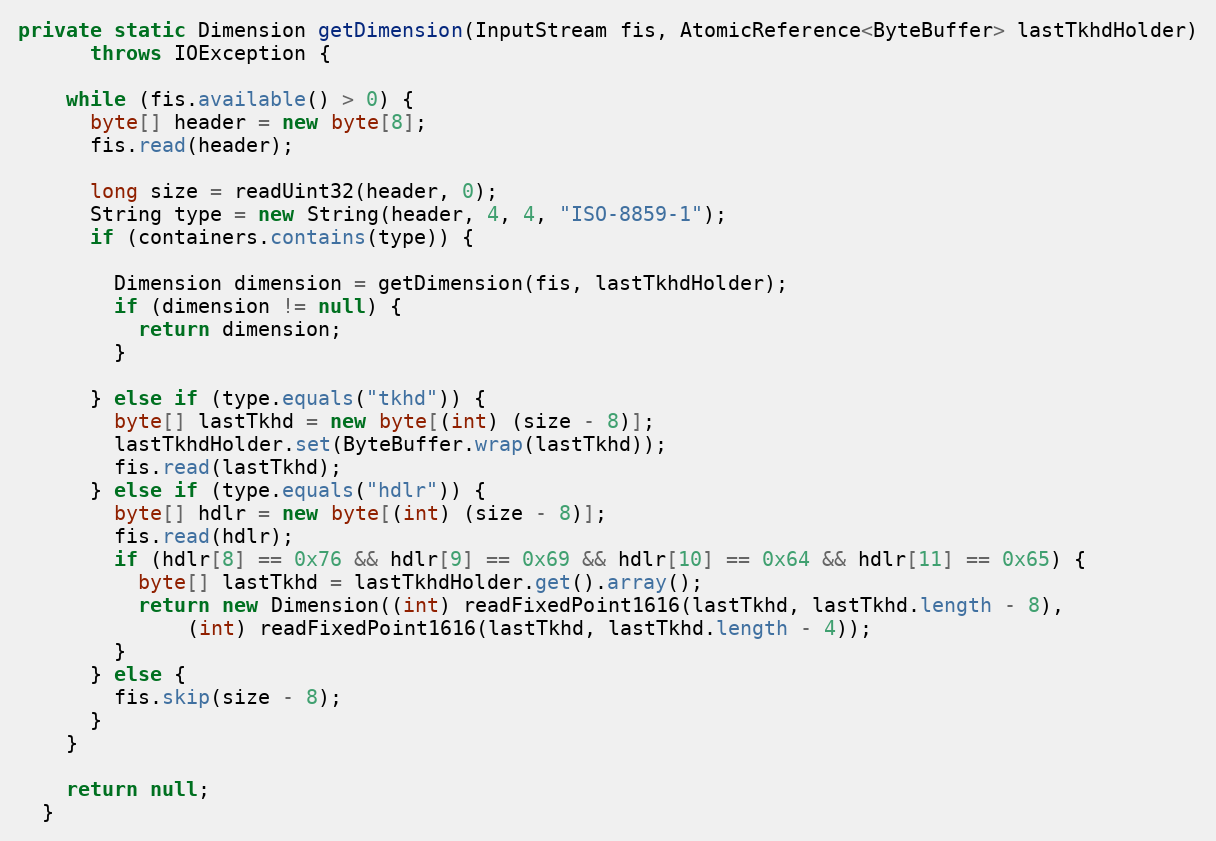
Language: Java
private static Dimension getDimension(InputStream fis, AtomicReference<ByteBuffer> lastTkhdHolder)
      throws IOException {

    while (fis.available() > 0) {
      byte[] header = new byte[8];
      fis.read(header);

      long size = readUint32(header, 0);
      String type = new String(header, 4, 4, "ISO-8859-1");
      if (containers.contains(type)) {

        Dimension dimension = getDimension(fis, lastTkhdHolder);
        if (dimension != null) {
          return dimension;
        }

      } else if (type.equals("tkhd")) {
        byte[] lastTkhd = new byte[(int) (size - 8)];
        lastTkhdHolder.set(ByteBuffer.wrap(lastTkhd));
        fis.read(lastTkhd);
      } else if (type.equals("hdlr")) {
        byte[] hdlr = new byte[(int) (size - 8)];
        fis.read(hdlr);
        if (hdlr[8] == 0x76 && hdlr[9] == 0x69 && hdlr[10] == 0x64 && hdlr[11] == 0x65) {
          byte[] lastTkhd = lastTkhdHolder.get().array();
          return new Dimension((int) readFixedPoint1616(lastTkhd, lastTkhd.length - 8),
              (int) readFixedPoint1616(lastTkhd, lastTkhd.length - 4));
        }
      } else {
        fis.skip(size - 8);
      }
    }

    return null;
  }